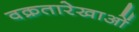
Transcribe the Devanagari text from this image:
वक्रतारेखाओं